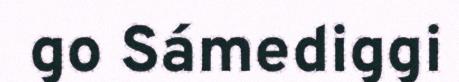
go Sámediggi